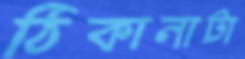
ঠিকানাটা